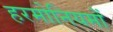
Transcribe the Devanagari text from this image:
हरमोनियमों